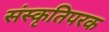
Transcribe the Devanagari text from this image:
संस्कृतिपरक